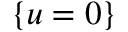
\{ u = 0 \}